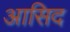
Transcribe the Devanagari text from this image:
आसिद